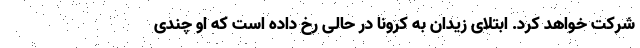
شرکت خواهد کرد. ابتلای زیدان به کرونا در حالی رخ داده است که او چندی